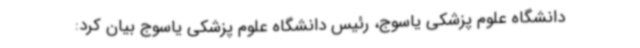
دانشگاه علوم پزشکی یاسوج، رئیس دانشگاه علوم پزشکی یاسوج بیان کرد: